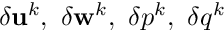
\delta \mathbf { u } ^ { k } , \ \delta \mathbf { w } ^ { k } , \ \delta p ^ { k } , \ \delta q ^ { k }